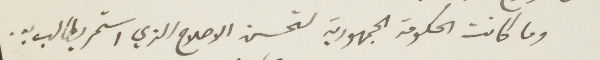
وما كانت الحكومة الجمهورية لتحسن الاصلاح الذي استمر يطالب به،